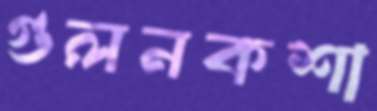
গুলনকশা